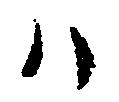
ハ